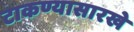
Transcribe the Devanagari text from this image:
टाकण्यासारखे